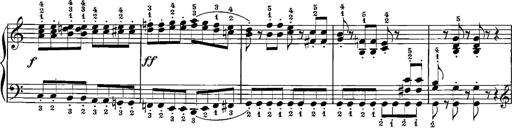
Title: 12 Sonatinas
Composer: Ignaz Pleyel